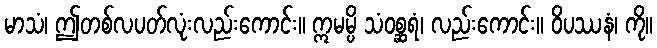
မာသံ၊ ဤတစ်လပတ်လုံးလည်းကောင်း။ ဣမမ္ပိ သံဝစ္ဆရံ၊ လည်းကောင်း။ ဝိပဿနံ၊ ကို။